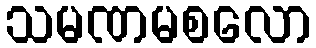
သမဏမစလော